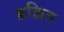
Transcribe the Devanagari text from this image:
ब्रह्मित